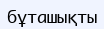
бұташықты